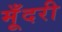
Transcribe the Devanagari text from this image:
मूँदरी